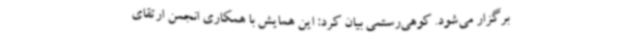
برگزار می‌شود. کوهی‌رستمی بیان کرد: این همایش با همکاری انجمن ارتقای